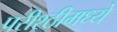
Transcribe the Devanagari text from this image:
परीश्ठीमध्ये